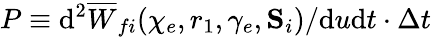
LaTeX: P\equiv\mathrm{d}^{2}\overline{{W}}_{fi}(\chi_{e},r_{1},\gamma_{e},{\mathbf S}_{i})/\mathrm{d}u\mathrm{d}t\cdot\Delta t